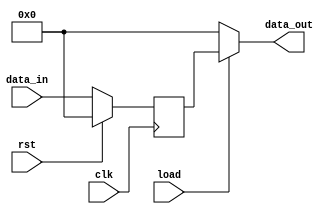
module register#(localparam WIDTH = 8)(
    input [WIDTH-1:0] data_in,
    input load,
          clk,
          rst,
    output reg [WIDTH-1:0] data_out
);
    reg [WIDTH-1:0] temporary_data_out;
    always@(posedge clk)begin
        temporary_data_out <= rst ? 0 : data_in;
    end
    assign data_out = load ? temporary_data_out : 0;
endmodule